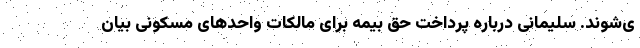
ی‌شوند. سلیمانی درباره پرداخت حق بیمه برای مالکات واحدهای مسکونی بیان